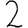
Digit: 2